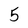
Character: 5